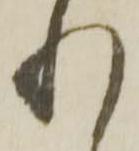
れ